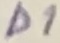
Text: D1